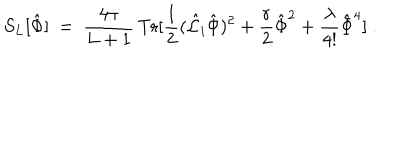
LaTeX: S _ { L } [ { \hat { \Phi } } ] \ = \ { \frac { 4 \pi } { L + 1 } } \, \mathrm { T r } [ { \frac { 1 } { 2 } } ( { \hat { \cal L } } _ { i } { \hat { \Phi } } ) ^ { 2 } + { \frac { r } { 2 } } { \hat { \Phi } } ^ { 2 } + { \frac { \lambda } { 4 ! } } { \hat { \Phi } } ^ { 4 } ] \ .